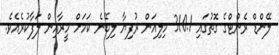
ލޭންޑް ރެންޓްގެ ގޮތުގައި 310.1 މިލިއަން ރުފިޔާ ލިބޭނެ ކަމަށް މީރާއިން ލަފާކުރެއެވެ.